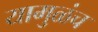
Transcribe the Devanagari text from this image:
यामुळंच